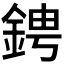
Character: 𬫙